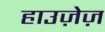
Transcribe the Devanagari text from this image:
हाउज़ेज़